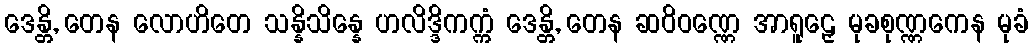
ဒေန္တိ, တေန လောဟိတေ သန္နိသိန္နေ ဟလိဒ္ဒိကက္ကံ ဒေန္တိ, တေန ဆဝိဝဏ္ဏေ အာရူဠှေ မုခစုဏ္ဏကေန မုခံ